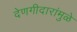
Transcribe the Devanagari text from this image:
देणगीदारांमुळे